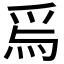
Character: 𱫃